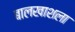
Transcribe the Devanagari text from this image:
बालखाशला